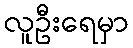
လူဦးရေမှာ